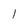
Character: l